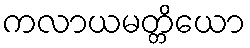
ကလာယမတ္တိယော